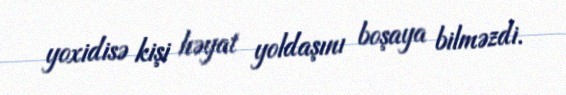
yoxidisə kişi həyat yoldaşını boşaya bilməzdi.